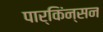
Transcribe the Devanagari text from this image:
पार्किंन्सन